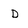
Character: D